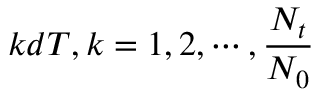
k d T , k = 1 , 2 , \cdots , \frac { N _ { t } } { N _ { 0 } }